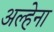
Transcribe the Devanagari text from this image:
अल्हेना